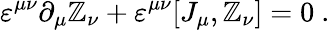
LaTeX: \varepsilon^{\mu\nu}\partial_{\mu}\mathbb{Z}_{\nu}+\varepsilon^{\mu\nu}[J_{\mu},\mathbb{Z}_{\nu}]=0~.